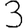
Digit: 3